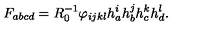
F _ { a b c d } = R _ { 0 } ^ { - 1 } \varphi _ { i j k l } h _ { a } ^ { i } h _ { b } ^ { j } h _ { c } ^ { k } h _ { d } ^ { l } .